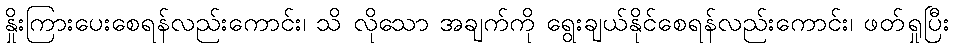
နှိုးကြားပေးစေရန်လည်းကောင်း၊ သိ လိုသော အချက်ကို ရွေးချယ်နိုင်စေရန်လည်းကောင်း၊ ဖတ်ရှုပြီး